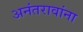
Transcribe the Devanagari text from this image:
अनंतरावांना